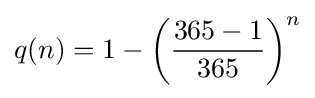
q(n)=1-\left({\frac {365-1}{365}}\right)^{n}